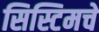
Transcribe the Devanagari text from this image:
सिस्टिमचे